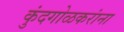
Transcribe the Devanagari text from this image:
कुंदगोळकरांना